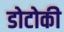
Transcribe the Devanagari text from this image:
डोटोकी